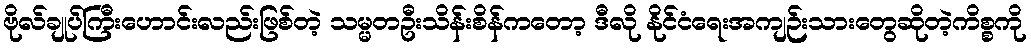
ဗိုလ်ချုပ်ကြီးဟောင်းလည်းဖြစ်တဲ့ သမ္မတဦးသိန်းစိန်ကတော့ ဒီလို နိုင်ငံရေးအကျဉ်းသားတွေဆိုတဲ့ကိစ္စကို